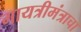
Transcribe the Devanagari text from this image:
गायत्रीमंत्राचा